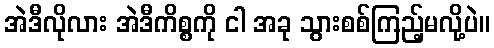
အဲဒီလိုလား အဲဒီကိစ္စကို ငါ အခု သွားစစ်ကြည့်မလို့ပဲ။